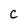
Character: C